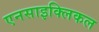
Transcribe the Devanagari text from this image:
एनसाइक्लिकल